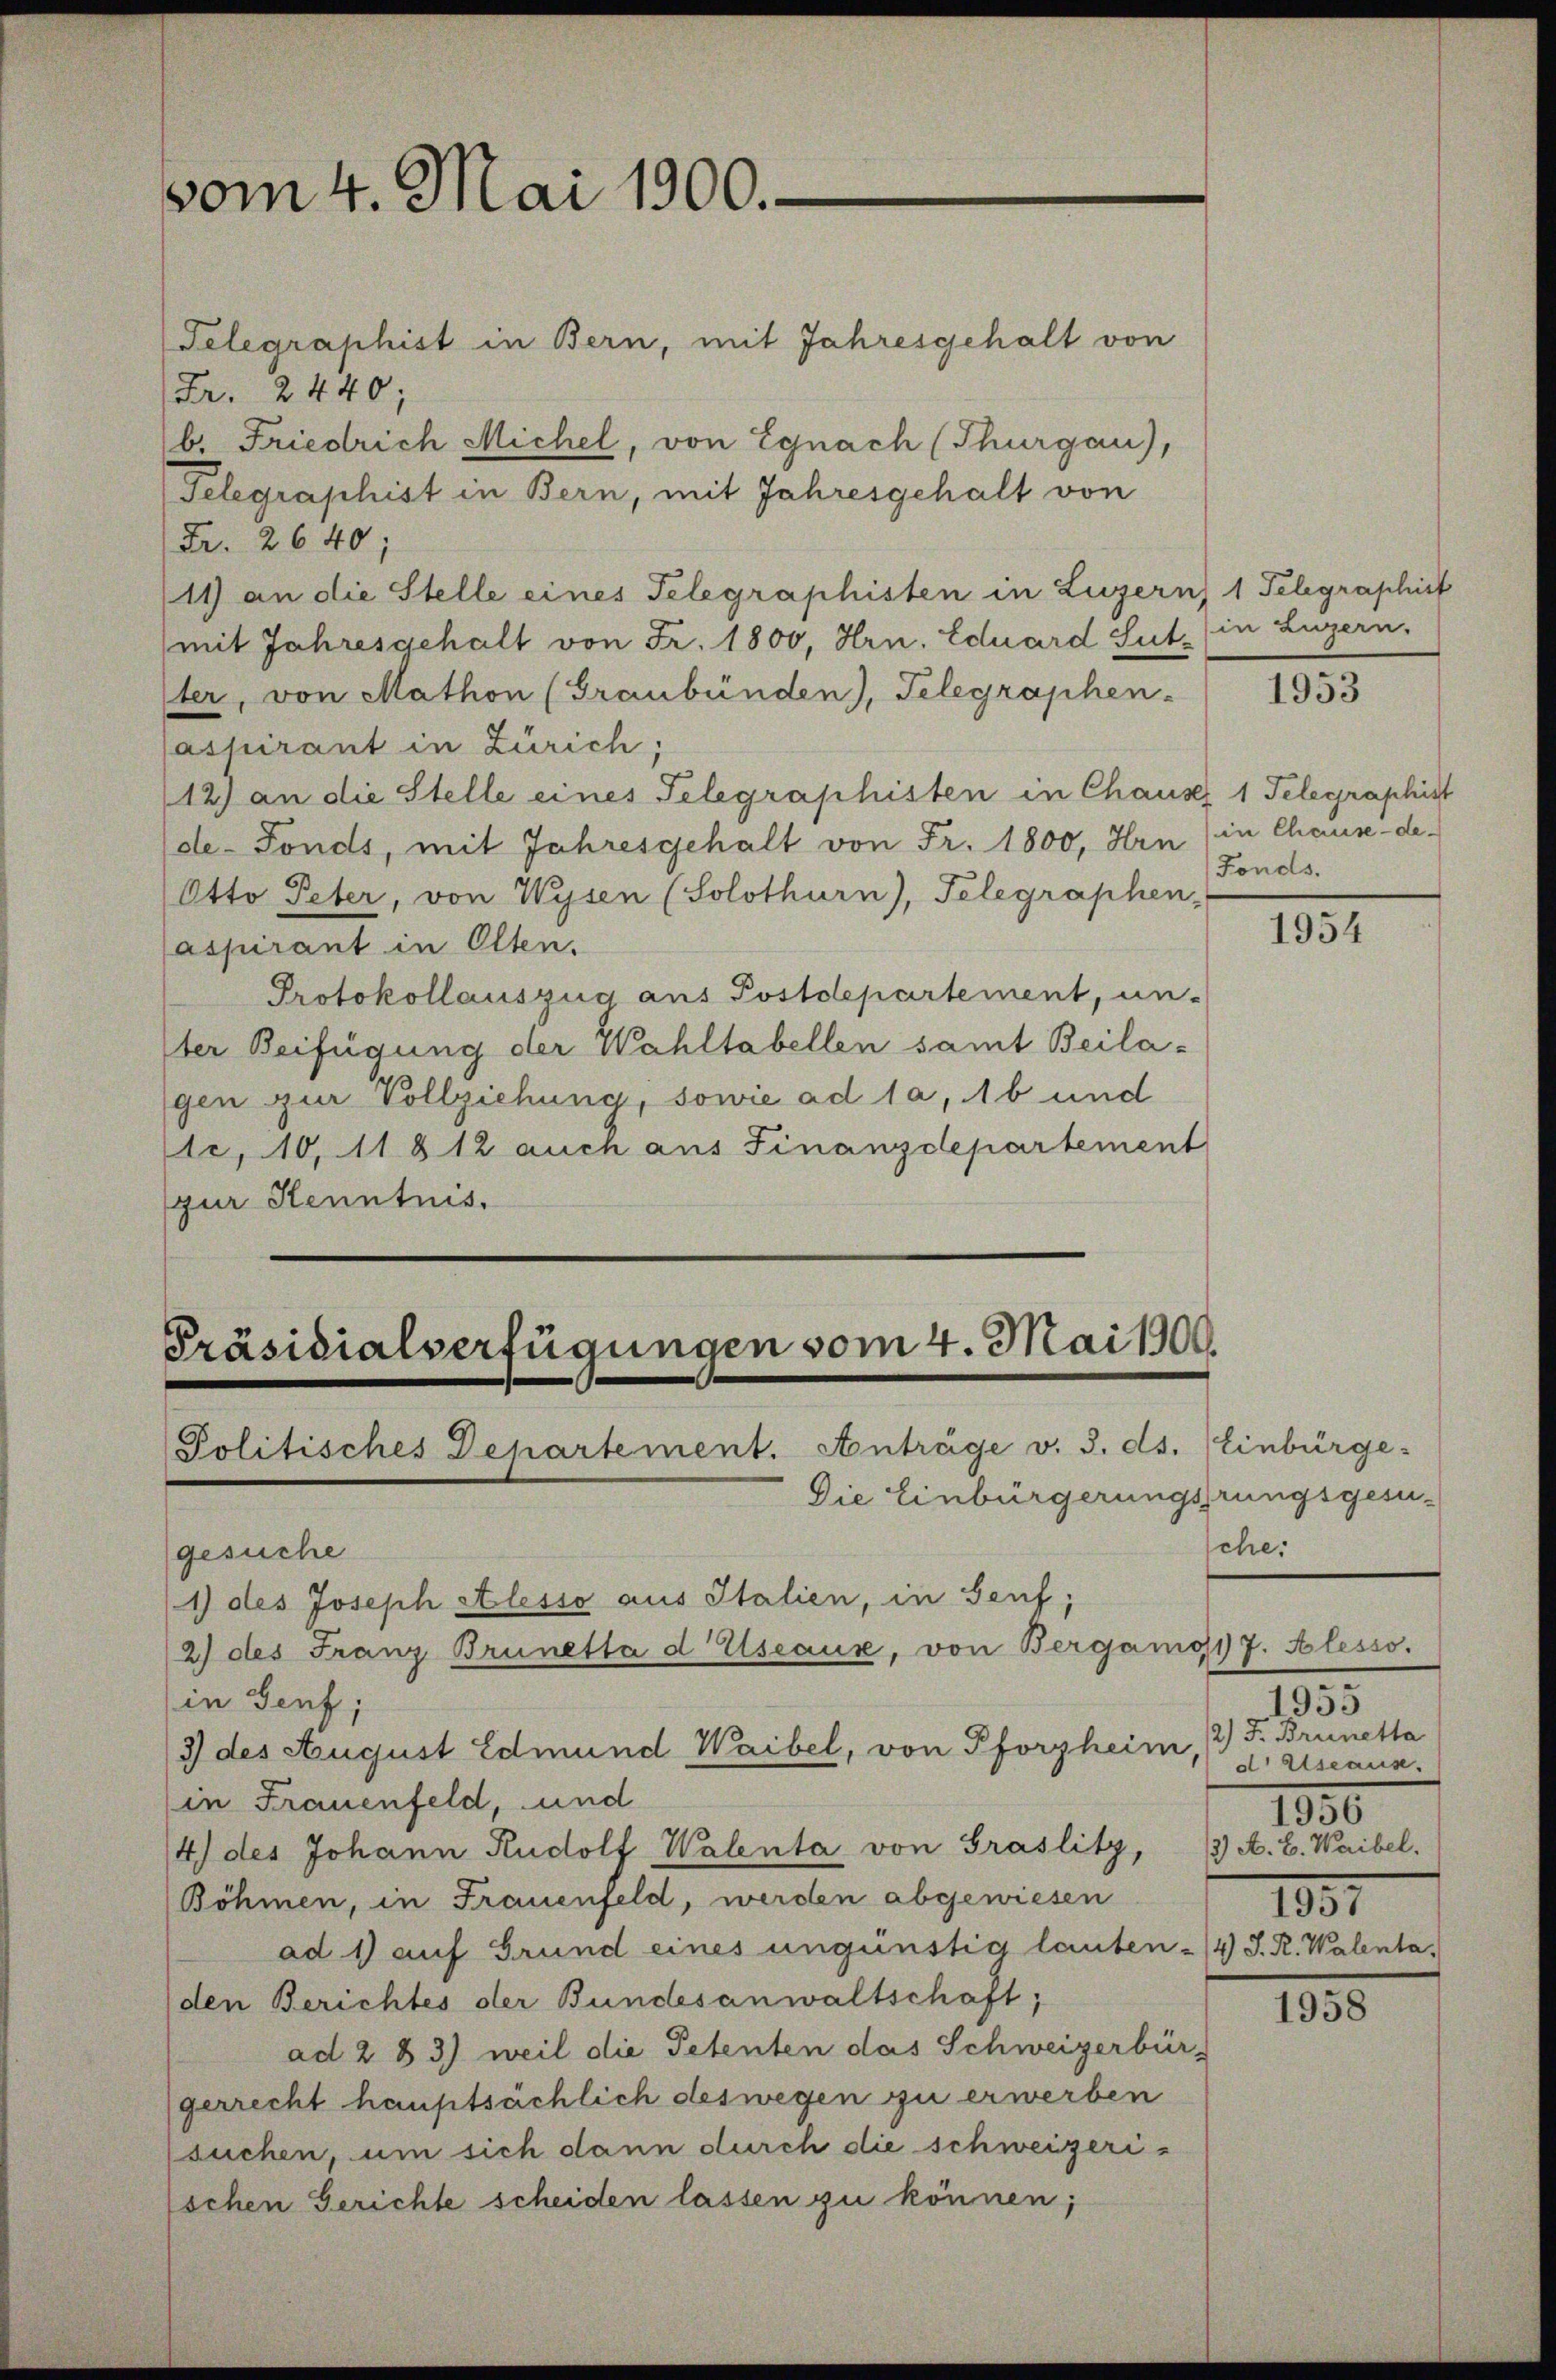
vom 4. Mai 1900.

Telegraphist in Bern, mit Jahresgehalt von
Fr. 2440;
b. Friedrich Michel, von Egnach (Thurgau),
Telegraphist in Bern, mit Jahresgehalt von
Fr. 2640;
(11) an die Stelle eines Telegraphisten in Luzern) 1 Telegraphist
mit Jahresgehalt von Fr. 1800, Hrn. Eduard Sut (in Luzern.
ter, von Mathon (Graubünden), Telegraphen-
aspirant in Zürich;
(12) an die Stelle eines Telegraphisten in Chause 1 Telegraphist
de-Fonds, mit Jahresgehalt von Fr. 1800, Hrn in Chause de-
Otto Peter, von Wysen (Solothurn), Telegraphen-
aspirant in Olten.
Protokollauszug aus Postdepartement, un-
ter Beifügung der Wahltabellen samt Beilagen zur Vollziehung, sowie ad 1, 16 und
1c, 10, 11812 auch aus Finanzdepartement
zur Kenntnis.

Präsidialverfügungen vom 4. Mai 1900.
Politisches Departement. Anträge v. 3. ds. Einbürge
Die Einbürgerungsrungsgesu¬

1) des Joseph Alesso aus Italien, in Genf;

3 des August Edmund Waibel, von Pforzheim, 2) F. Brunetta

gesuche
2) des Franz Brunetta d Useaux, von Bergang 17. Alesso
in Genf;
in Frauenfeld, und
4) des Johann Rudolf Walenta von Graslitz, 13) A. E. Waibel.
Böhmen, in Frauenfeld, werden abgewiesen
ad 1) auf Grund eines ungünstig lauten - 4) S. R. Walenta,
den Berichtes der Bundesanwaltschaft;
ad 283) weil die Petenten das Schweizerbür-
gerrecht hauptsächlich deswegen zu erwerben
suchen, um sich dann durch die schweizerischen Gerichte scheiden lassen zu können;

1953

Fonds.

1954

sche.

-
1955
d. Alseaus.
1350
1931

1958